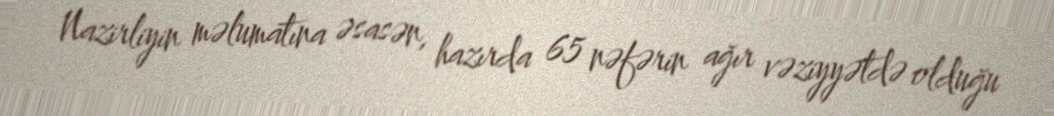
Nazirliyin məlumatına əsasən, hazırda 65 nəfərin ağır vəziyyətdə olduğu